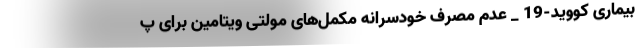
بیماری کووید-19 _ عدم مصرف خودسرانه مکمل‌های مولتی ویتامین برای پ